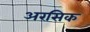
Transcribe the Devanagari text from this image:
अरसिक